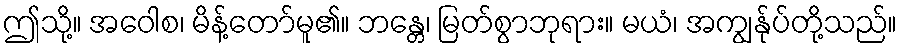
ဤသို့။ အဝေါစ၊ မိန့်တော်မူ၏။ ဘန္တေ၊ မြတ်စွာဘုရား။ မယံ၊ အကျွန်ုပ်တို့သည်။